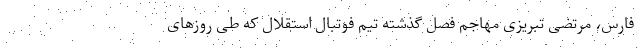
فارس، مرتضی تبریزی مهاجم فصل گذشته تیم فوتبال استقلال که طی روزهای